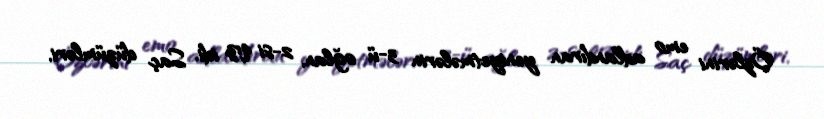
Özlərini emo adlandıran yeniyetmələrin 3-ü oğlan, 2-si qız idi. Saç düzümləri,